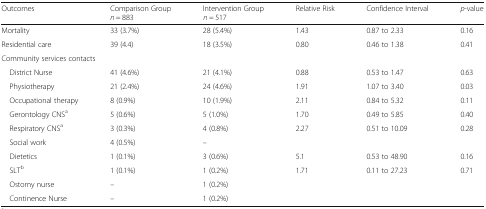
<table><thead><tr><td><b>Outcomes</b></td><td><b>Comparison Group <i>n</i> = 883</b></td><td><b>Intervention Group <i>n</i> = 517</b></td><td><b>Relative Risk</b></td><td><b>Confidence Interval</b></td><td><b><i>p</i>-value</b></td></tr></thead><tbody><tr><td>Mortality</td><td>33 (3.7%)</td><td>28 (5.4%)</td><td>1.43</td><td>0.87 to 2.33</td><td>0.16</td></tr><tr><td>Residential care</td><td>39 (4.4)</td><td>18 (3.5%)</td><td>0.80</td><td>0.46 to 1.38</td><td>0.41</td></tr><tr><td colspan="6">Community services contacts</td></tr><tr><td> District Nurse</td><td>41 (4.6%)</td><td>21 (4.1%)</td><td>0.88</td><td>0.53 to 1.47</td><td>0.63</td></tr><tr><td> Physiotherapy</td><td>21 (2.4%)</td><td>24 (4.6%)</td><td>1.91</td><td>1.07 to 3.40</td><td>0.03</td></tr><tr><td> Occupational therapy</td><td>8 (0.9%)</td><td>10 (1.9%)</td><td>2.11</td><td>0.84 to 5.32</td><td>0.11</td></tr><tr><td> Gerontology CNS<sup>a</sup></td><td>5 (0.6%)</td><td>5 (1.0%)</td><td>1.70</td><td>0.49 to 5.85</td><td>0.40</td></tr><tr><td> Respiratory CNS<sup>a</sup></td><td>3 (0.3%)</td><td>4 (0.8%)</td><td>2.27</td><td>0.51 to 10.09</td><td>0.28</td></tr><tr><td> Social work</td><td>4 (0.5%)</td><td>–</td><td></td><td></td><td></td></tr><tr><td> Dietetics</td><td>1 (0.1%)</td><td>3 (0.6%)</td><td>5.1</td><td>0.53 to 48.90</td><td>0.16</td></tr><tr><td> SLT<sup>b</sup></td><td>1 (0.1%)</td><td>1 (0.2%)</td><td>1.71</td><td>0.11 to 27.23</td><td>0.71</td></tr><tr><td> Ostomy nurse</td><td>–</td><td>1 (0.2%)</td><td></td><td></td><td></td></tr><tr><td> Continence Nurse</td><td>–</td><td>1 (0.2%)</td><td></td><td></td><td></td></tr></tbody></table>